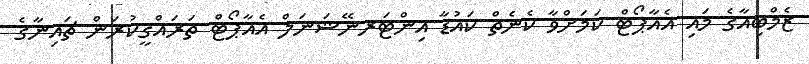
ޒެމްބިއާގެ މައި އެއާޕޯޓް ކަމަށްވާ ކެނެތް ކައުޑާ އިންޓަރނޭޝަނަލް އެއާޕޯޓް ތަރައްޤީކުރަން ޗައިނާގެ